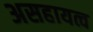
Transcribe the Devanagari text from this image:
असहायत्व